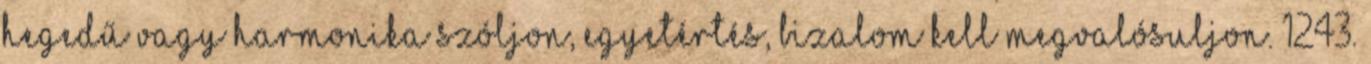
hegedű vagy harmonika szóljon, egyetértés, bizalom kell megvalósuljon. 1243.